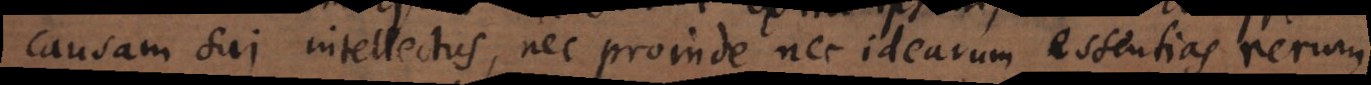
causam sui intellectus, nec proinde idearum essentias rerum